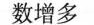
数增多